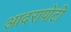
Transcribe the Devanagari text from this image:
आदरापोटी